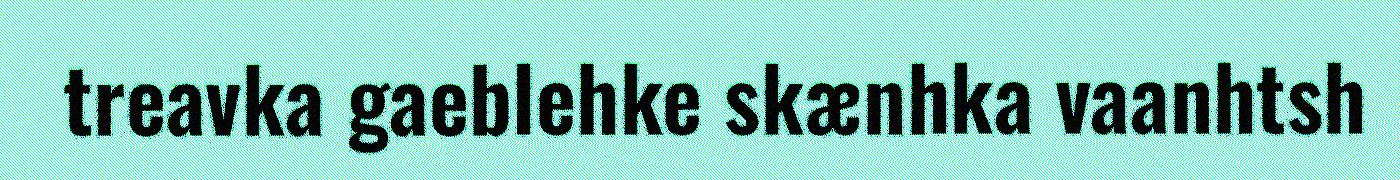
treavka gaeblehke skænhka vaanhtsh